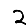
Digit: 2